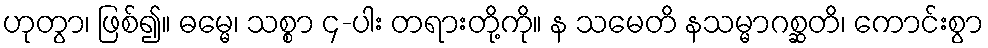
ဟုတွာ၊ ဖြစ်၍။ ဓမ္မေ၊ သစ္စာ ၄-ပါး တရားတို့ကို။ န သမေတိ နသမ္မာဂစ္ဆတိ၊ ကောင်းစွာ